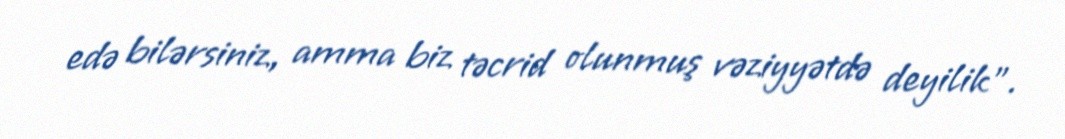
edə bilərsiniz, amma biz təcrid olunmuş vəziyyətdə deyilik”.